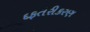
દફતરીકરણ